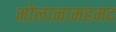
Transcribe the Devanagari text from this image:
मोलानामहमद